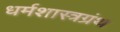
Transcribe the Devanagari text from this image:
धर्मशास्त्रग्रंथ